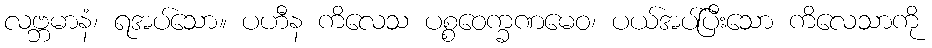
လဗ္ဘမာနံ၊ ရအပ်သော။ ပဟီန ကိလေသ ပစ္စဝေက္ခဏမေဝ၊ ပယ်အပ်ပြီးသော ကိလေသာကို